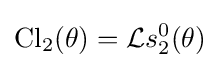
\operatorname {Cl} _{2}(\theta )={\mathcal {L}}s_{2}^{0}(\theta )